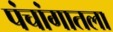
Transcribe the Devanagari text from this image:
पंचांगातला